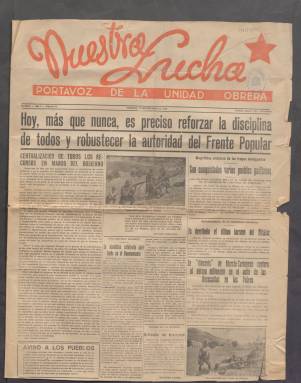
Título: Nuestra lucha (Murcia. 1936)
Colección: Periódicos || Guerra civil
Ámbito geográfico: Murcia
Lugar de publicación: Murcia
Fechas: 11/09/1936-21/03/1939